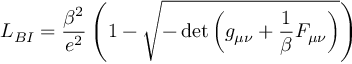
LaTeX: { \cal L } _ { { B I } } = \frac { \beta ^ { 2 } } { e ^ { 2 } } \left( 1 - \sqrt { - \operatorname * { d e t } \left( g _ { \mu \nu } + \frac 1 \beta F _ { \mu \nu } \right) } \right)